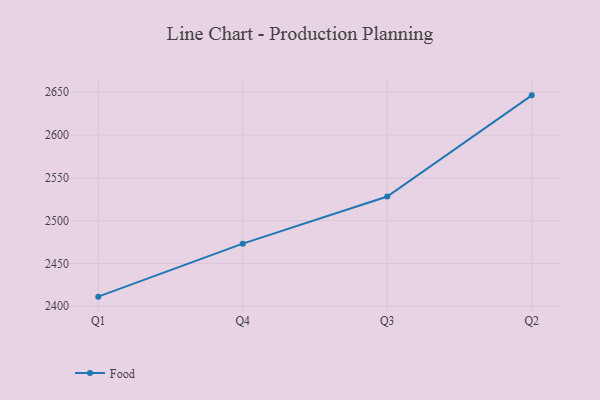
{"axis": {"x": "Quarter", "y": "Budget (USD K)"}, "legend": ["Food"], "data": [{"x": "Q1", "y": 2411.2, "type": "Food"}, {"x": "Q4", "y": 2473.1, "type": "Food"}, {"x": "Q3", "y": 2528.2, "type": "Food"}, {"x": "Q2", "y": 2646.4, "type": "Food"}]}